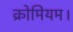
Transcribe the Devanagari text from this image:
क्रोमियम।